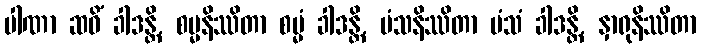
ပါဏာ ဆဝိံ ခါဒန္တိ, စမ္မနိဿိတာ စမ္မံ ခါဒန္တိ, မံသနိဿိတာ မံသံ ခါဒန္တိ, နှာရုနိဿိတာ